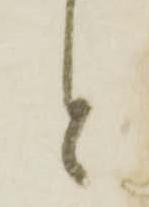
と